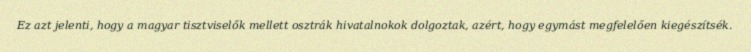
Ez azt jelenti, hogy a magyar tisztviselők mellett osztrák hivatalnokok dolgoztak, azért, hogy egymást megfelelően kiegészítsék.